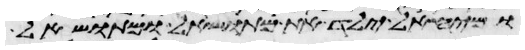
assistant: ומיהאל ילד את מתושאל ומתושאל